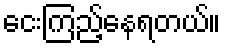
ငေးကြည့်နေရတယ်။